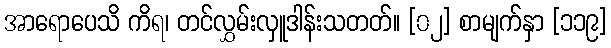
အာရောပေသိ ကိရ၊ တင်လွှမ်းလှူဒါန်းသတတ်။ [၀၂] စာမျက်နှာ [၁၁၉]